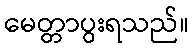
မေတ္တာပွးရသည်။